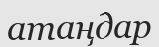
атаңдар